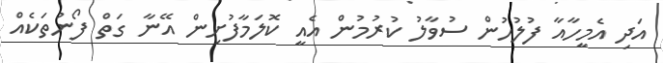
އަދި އެމީހާއާ ފުލުހުން ސުވާލު ކުރުމުން އެއީ ކޮލަމާފުށިން އޭނާ ގަތް ފޯނުތަކެއް